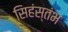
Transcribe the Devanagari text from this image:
सिहंस्तंभ